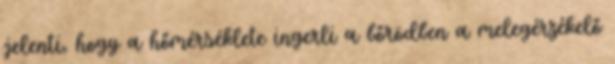
jelenti, hogy a hőmérséklete ingerli a bőrödben a melegérzékelő